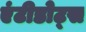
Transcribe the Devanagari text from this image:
एंटीडोट्स